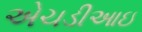
એચડીઆઇ